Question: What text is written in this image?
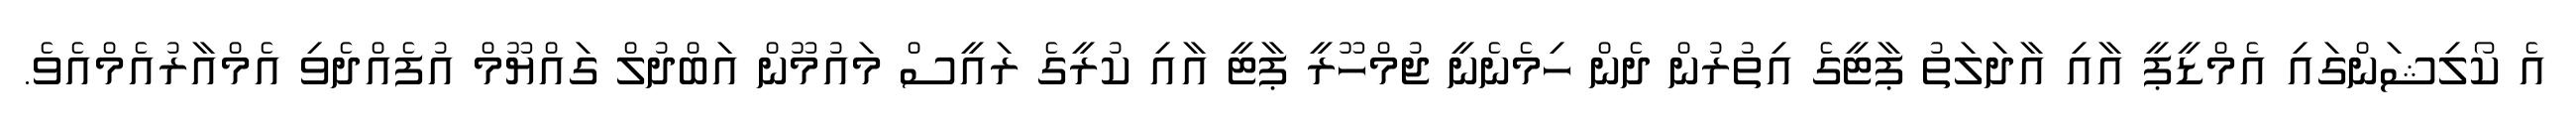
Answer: އެ ކޯލިޝަންގައި އެމްޑީޕީ އާއި އާދަލަތު ޕާޓީގެ އިތުރުން ދެން ހިމެނެނީ ޖުމްހޫރީ ޕާޓީ އާއި ކުރީގެ ރައީސް މައުމޫން އަބްދުލް ގައްޔޫމް އުފެއްދެވި އެމްއާރުއެމްއެވެ.